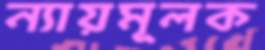
ন্যায়মূলক